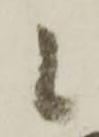
候